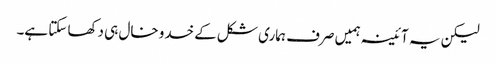
لیکن یہ آئینہ ہمیں صرف ہماری شکل کے خدو خال ہی دکھا سکتا ہے۔